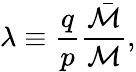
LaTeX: \lambda\equiv\frac{q}{p}\frac{\bar{{\cal M}}}{{\cal M}},